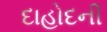
દાહોદની